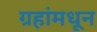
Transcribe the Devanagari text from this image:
ग्रहांमधून